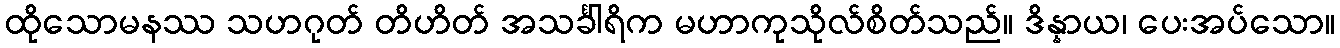
ထိုသောမနဿ သဟဂုတ် တိဟိတ် အသင်္ခါရိက မဟာကုသိုလ်စိတ်သည်။ ဒိန္နာယ၊ ပေးအပ်သော။